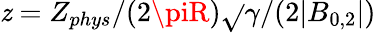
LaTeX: \mathit{z}=Z_{phys}/(2\piR)\sqrt{}{{\gamma/(2|B_{0,2}|)}}